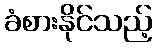
ခံစားနိုင်သည့်